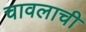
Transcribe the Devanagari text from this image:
चावलाची